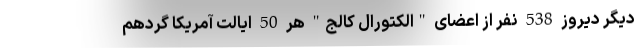
دیگر دیروز 538 نفر از اعضای "الکتورال کالج" هر 50 ایالت آمریکا گردهم